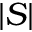
| S |